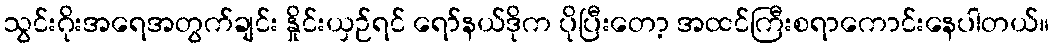
သွင်းဂိုးအရေအတွက်ချင်း နှိုင်းယှဉ်ရင် ရော်နယ်ဒိုက ပိုပြီးတော့ အထင်ကြီးစရာကောင်းနေပါတယ်။